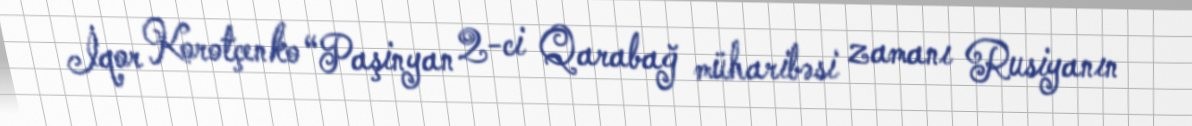
İqor Korotçenko “Paşinyan 2-ci Qarabağ müharibəsi zamanı Rusiyanın